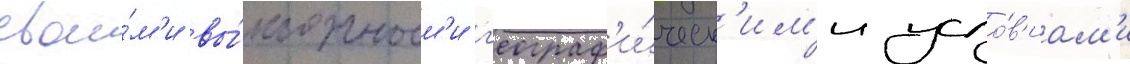
свои́м'и вы́годным'и г'еограф'и́ческ'им'и усло́в'иам'и